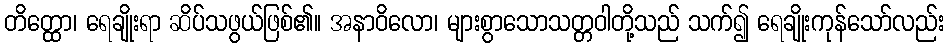
တိတ္ထော၊ ရေချိုးရာ ဆိပ်သဖွယ်ဖြစ်၏။ အနာဝိလော၊ များစွာသောသတ္တဝါတို့သည် သက်၍ ရေချိုးကုန်သော်လည်း